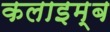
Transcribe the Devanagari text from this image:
कलाइम्ब